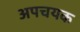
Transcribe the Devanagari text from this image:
अपचयक